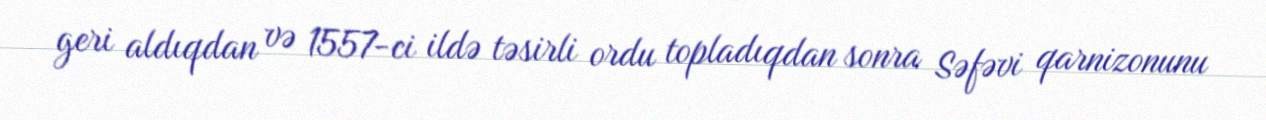
geri aldıqdan və 1557-ci ildə təsirli ordu topladıqdan sonra Səfəvi qarnizonunu